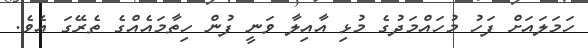
ހަމަލައަށް ފަހު މުހައްމަދުގެ މުޅި އާއިލާ ވަނީ ފުން ހިތާމައެއްގެ ތެރޭގަ އެވެ.